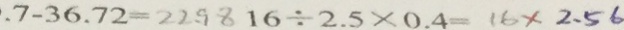
. 7 - 3 6 . 7 2 = 2 2 . 9 8 1 6 \div 2 . 5 \times 0 . 4 = 1 6 \times 2 . 5 6